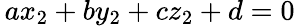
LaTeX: \, ax_{2}+by_{2}+cz_{2}+d=0